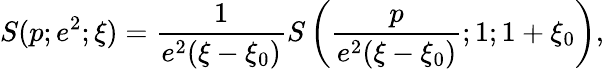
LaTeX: S(p;e^{2};\xi)=\frac{1}{e^{2}(\xi-\xi_{0})}S\left(\frac{p}{e^{2}(\xi-\xi_{0})};1;1+\xi_{0}\right),